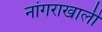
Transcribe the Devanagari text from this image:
नांगराखाली